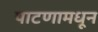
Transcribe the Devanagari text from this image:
पाटणामधून